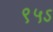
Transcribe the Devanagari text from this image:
९५ऽ